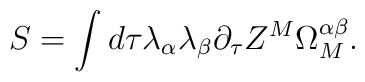
S=\int d\tau\lambda_\alpha\lambda_\beta \partial_\tau Z^M\Omega_M^{\alpha\beta}.